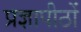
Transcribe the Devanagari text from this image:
प्रज्ञापीठों